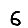
Digit: 6